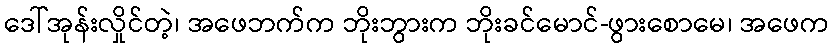
ဒေါ်အုန်းလှိုင်တဲ့၊ အဖေဘက်က ဘိုးဘွားက ဘိုးခင်မောင်-ဖွားစောမေ၊ အဖေက